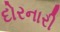
દોરનારી